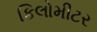
કિલોમીટર